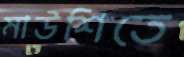
মাউশিতে